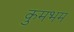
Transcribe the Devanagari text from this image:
कुमभम